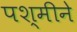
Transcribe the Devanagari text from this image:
पश्मीने